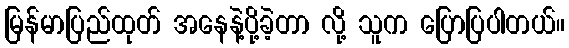
မြန်မာပြည်ထုတ် အနေနဲ့ပို့ခဲ့တာ လို့ သူက ပြောပြပါတယ်။